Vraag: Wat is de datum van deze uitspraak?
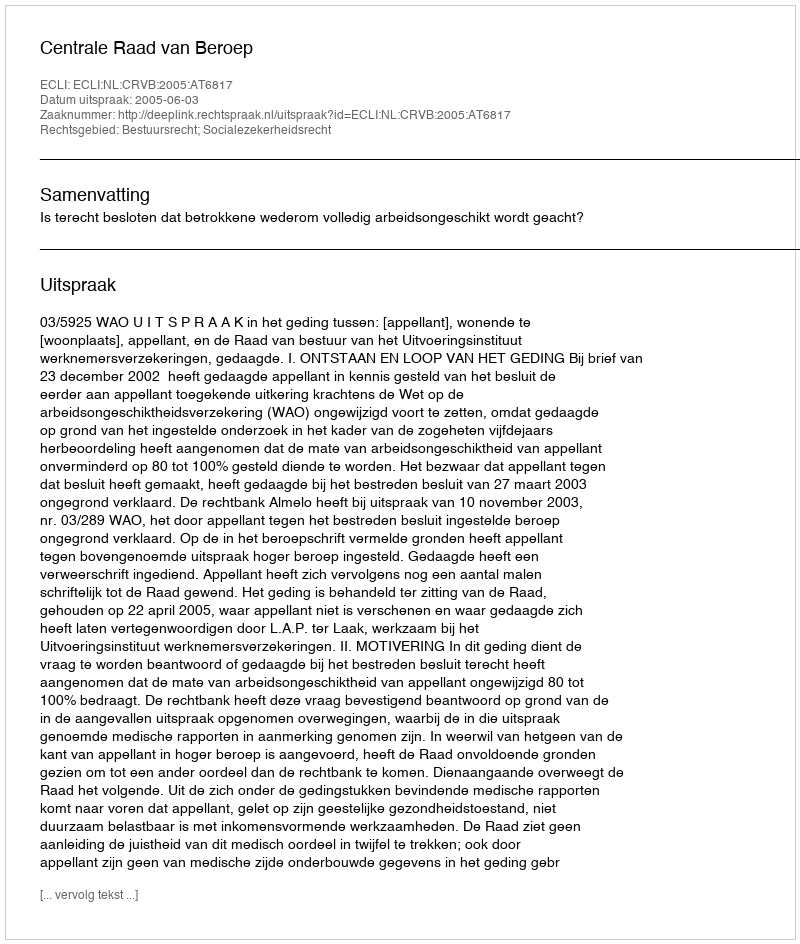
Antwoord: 2005-06-03